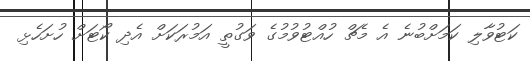
ކަޓުވާލި ކަމަށްބުނެ އެ މެޗް ހުއްޓުވުމުގެ ވަގުތީ އަމުރަކަށް އެދި ކޯޓަށް ހުށަހެޅި